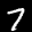
Label: 7